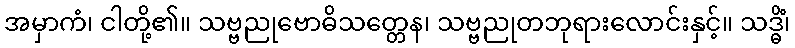
အမှာကံ၊ ငါတို့၏။ သဗ္ဗညုဗောဓိသတ္တေန၊ သဗ္ဗညုတဘုရားလောင်းနှင့်။ သဒ္ဓိံ၊